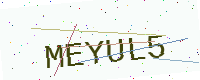
Text: MEYUL5